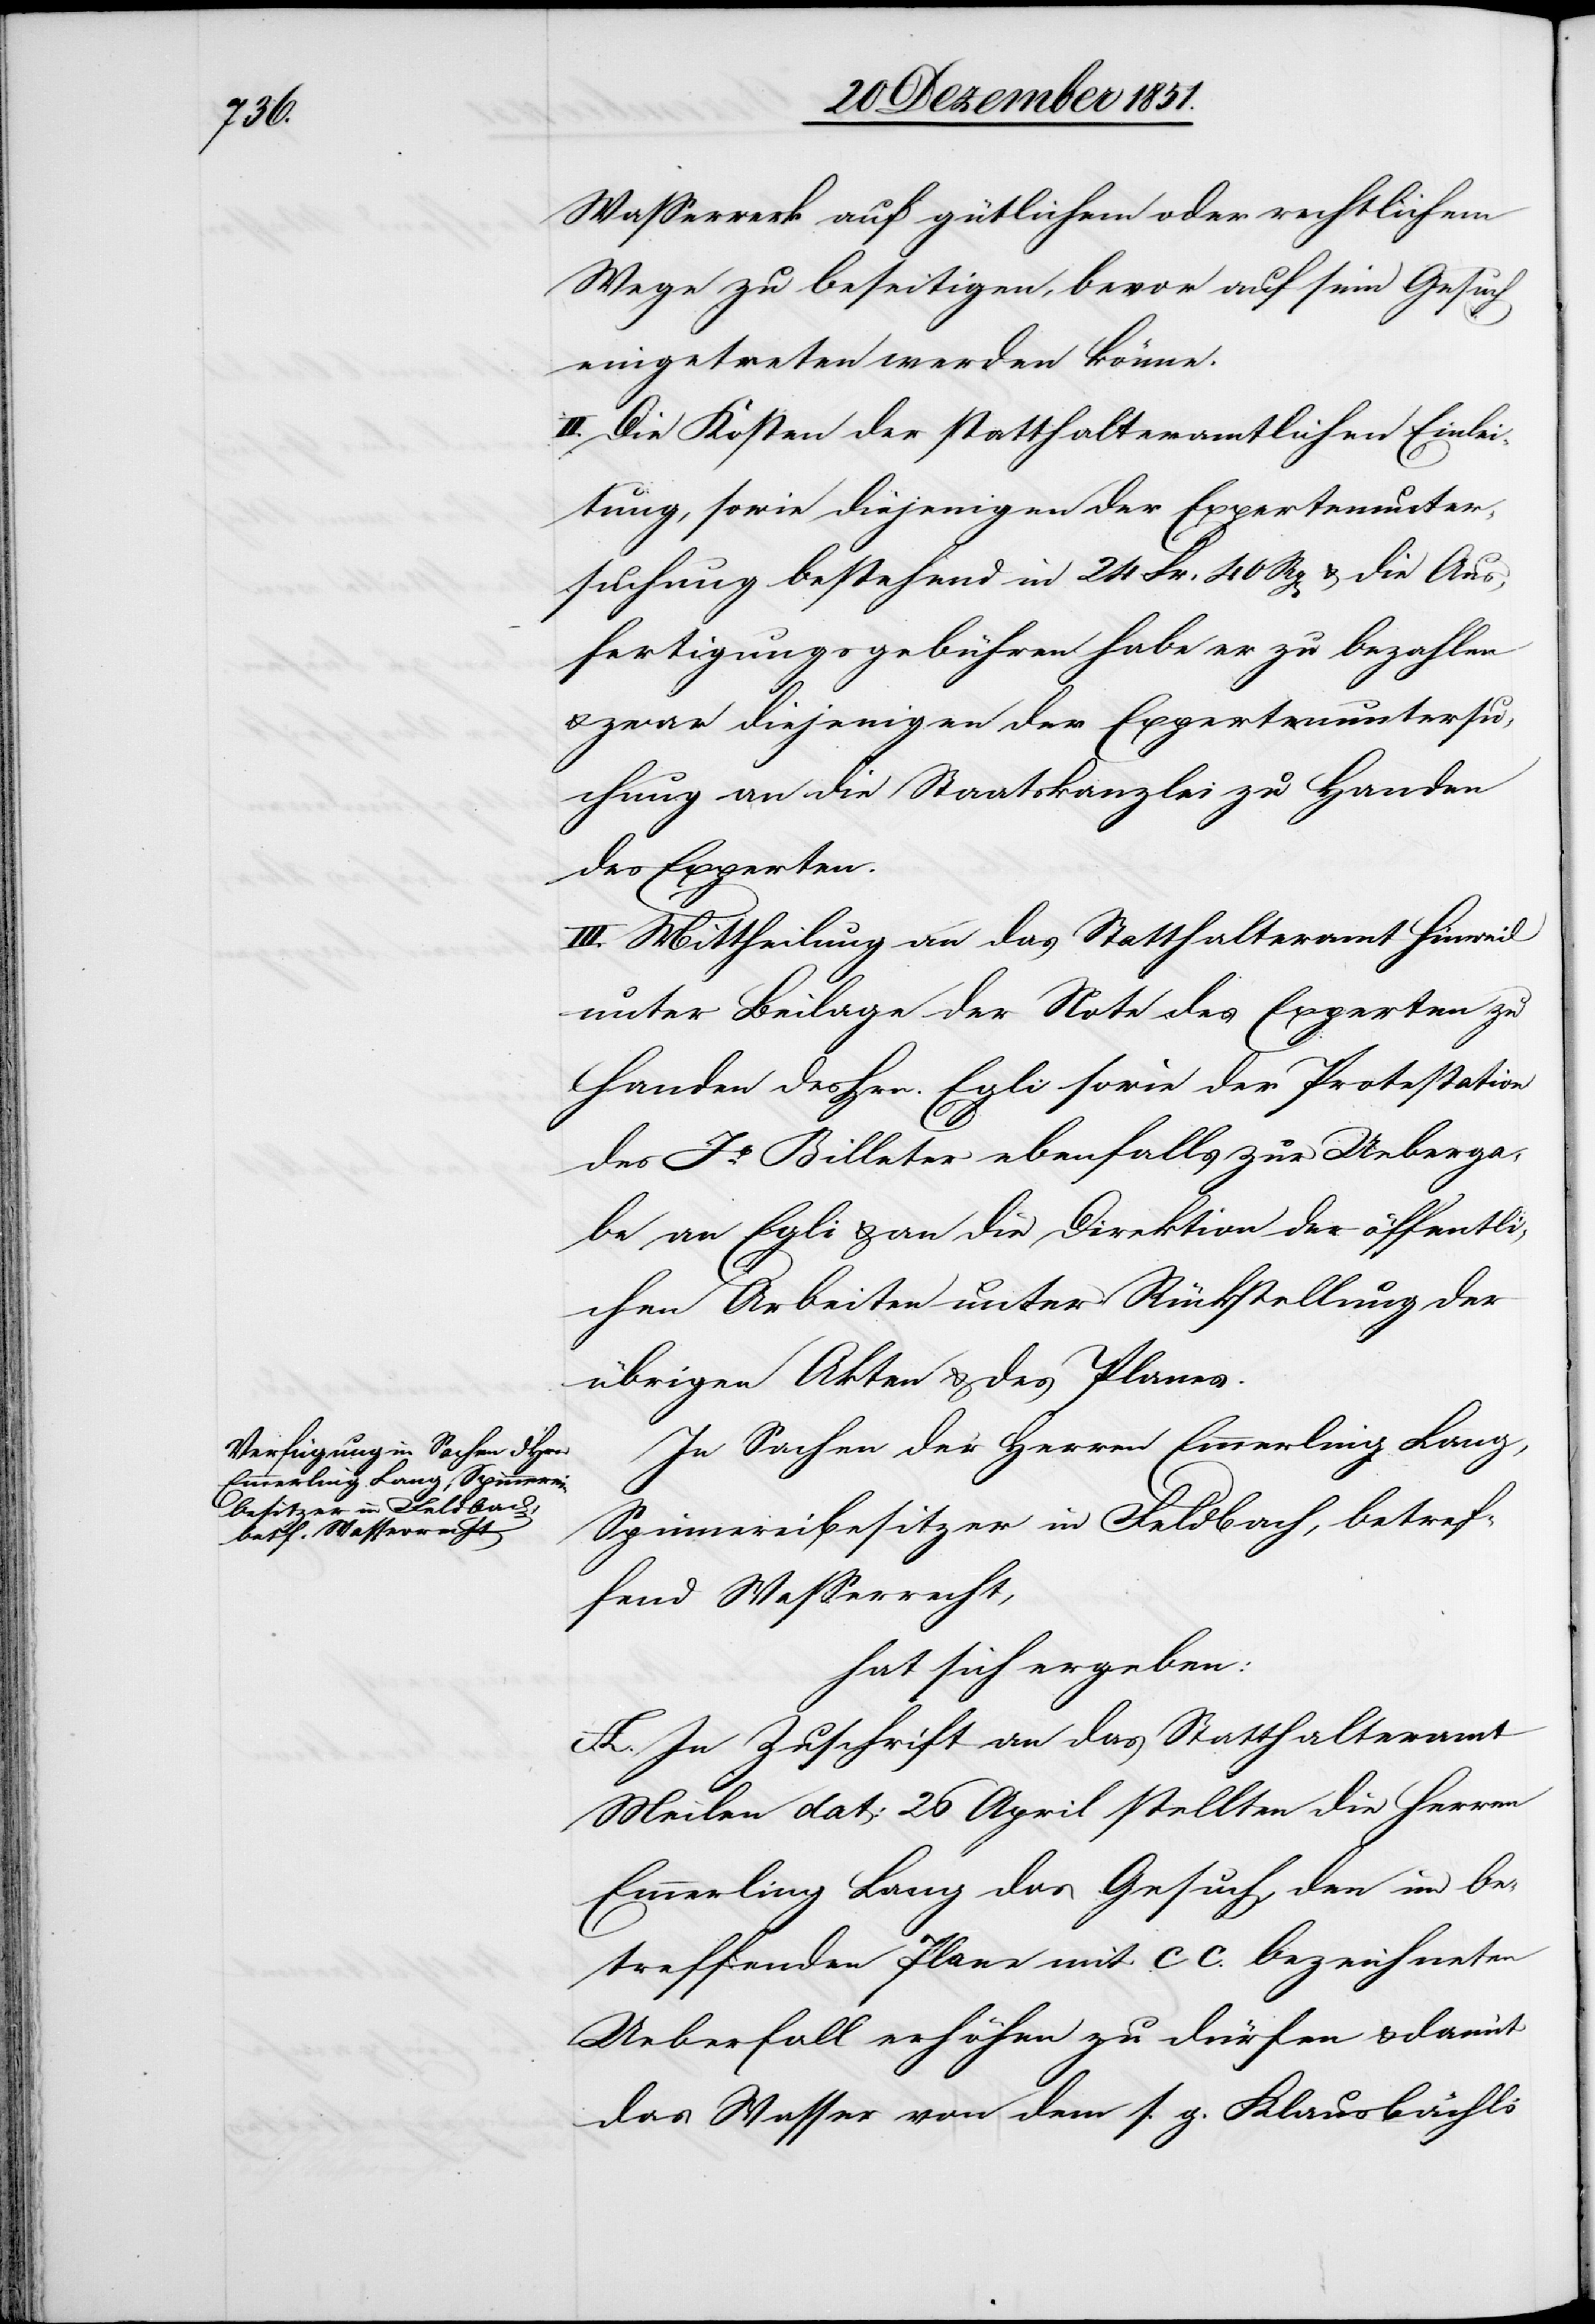
Wasserwerk auf gütlichem oder rechtlichem
Wege zu beseitigen, bevor auf sein Gesuch
eingetreten werden könne.
II. Die Kosten der statthalteramtlichen Einlei¬
tung, sowie diejenigen der Expertenunter¬
suchung bestehend in 24 Fr. 40 Rp[en] & die Aus¬
fertigungsgebühren habe er zu bezahlen
& zwar diejenigen der Expertenuntersu¬
chung an die Staatskanzlei zu Handen
des Experten.
III. Mittheilung an das Statthalteramt Hinweil
unter Beilage der Note des Experten zu
Handen des Hrn. Egli sowie der Protestation
des Jb. Billeter ebenfalls zur Ueberga¬
be an Egli & an die Direktion der öffentli¬
chen Arbeiten unter Rückstellung der
übrigen Akten & des Planes.
In Sachen der Herren Emmerling Lang,
Spinnereibesitzer in Feldbach, betref¬
fend Wasserrecht,
hat sich ergeben:
A. In Zuschrift an das Statthalteramt
Meilen dat: 26 April stellten die Herren
Emmerling Lang das Gesuch, den im be¬
treffenden Plane mit CC. bezeichneten
Ueberfall erhöhen zu dürfen & damit
das Wasser von dem s. g. Klausbächli